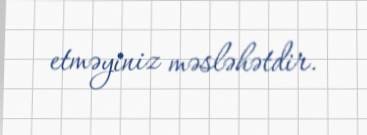
etməyiniz məsləhətdir.